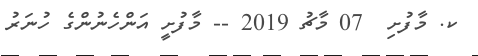
ކ. މާފުށި  07 މާޗު 2019 -- މާފުށީ އަންހެނުންގެ ހުނަރު